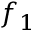
f _ { 1 }